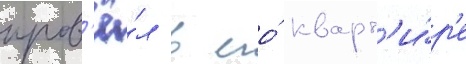
пров'ё́л в его́ кварт'и́р'е